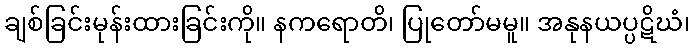
ချစ်ခြင်းမုန်းထားခြင်းကို။ နကရောတိ၊ ပြုတော်မမူ။ အနုနယပ္ပဋိဃံ၊